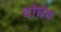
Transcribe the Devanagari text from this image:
दोघेच